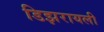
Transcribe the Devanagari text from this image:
डिझरायली